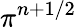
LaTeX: \pi^{n+1/2}